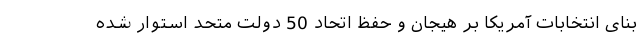
بنای انتخابات آمریکا بر هیجان و حفظ اتحاد 50 دولت‌ متحد استوار شده